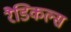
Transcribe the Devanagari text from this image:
रैडिकल्स